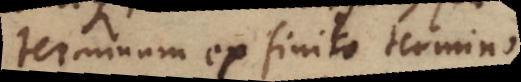
terminum ex finito termino